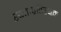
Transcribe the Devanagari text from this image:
स्वतःप्रतिरक्षक